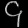
Digit: ၄